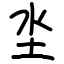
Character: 坔